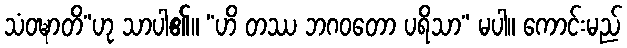
သံဝဍ္ဎာတိ”ဟု သာပါ၏။ “ဟိ တဿ ဘဂဝတော ပရိသာ” မပါ။ ကောင်းမည်